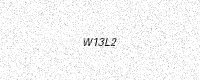
Text: W13L2